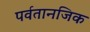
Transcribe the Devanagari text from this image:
पर्वतानजिक